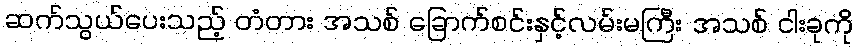
ဆက်သွယ်ပေးသည့် တံတား အသစ် ခြောက်စင်းနှင့်လမ်းမကြီး အသစ် ငါးခုကို